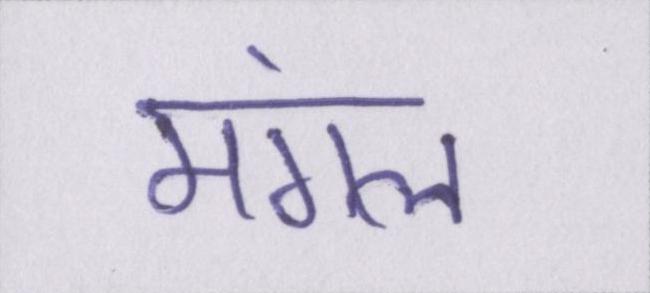
मंगल